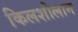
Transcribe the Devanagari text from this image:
किलशीलान